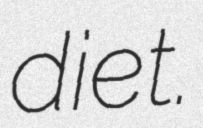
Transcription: diet.